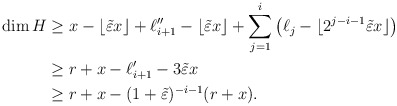
\begin{align*}\dim H&\geq x-\lfloor\tilde\varepsilon x\rfloor+\ell_{i+1}''-\lfloor\tilde\varepsilon x\rfloor+\sum_{j=1}^i \big(\ell_{j}-\lfloor 2^{j-i-1}\tilde \varepsilon x\rfloor\big)\\&\geq r+x-\ell_{i+1}'-3\tilde\varepsilon x\\&\geq r+x-(1+\tilde\varepsilon)^{-i-1}(r+x).\end{align*}